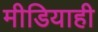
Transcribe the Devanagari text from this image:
मीडियाही